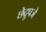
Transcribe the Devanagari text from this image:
छेद्रुपजे